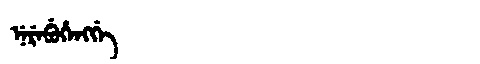
Manchu: ᠨᡝᡵᡝᠪᡠᡥᡝᠩᡤᡝ
Romanization: NEREBUHENGGE